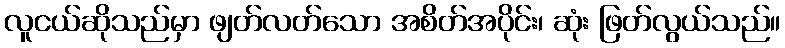
လူငယ်ဆိုသည်မှာ ဖျတ်လတ်သော အစိတ်အပိုင်း၊ ဆုံး ဖြတ်လွယ်သည်။